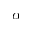
\alpha